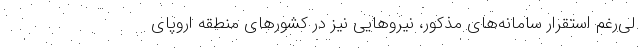
لی‌رغم استقرار سامانه‌های مذکور، نیروهایی نیز در کشورهای منطقه اروپای